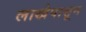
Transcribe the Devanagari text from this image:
लाखेपासून